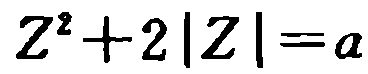
\(Z^{2}+2|Z|=a\)